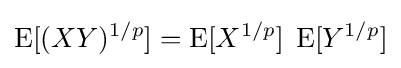
\operatorname {E} [{(XY)^{1/p}}]=\operatorname {E} [X^{1/p}]\;\operatorname {E} [Y^{1/p}]